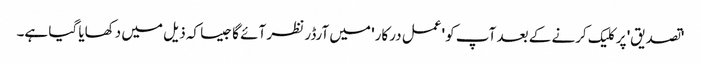
'تصدیق' پر کلیک کرنے کے بعد آپ کو 'عمل درکار' میں آرڈر نظر آئے گا جیسا کہ ذیل میں دکھایا گیا ہے۔